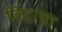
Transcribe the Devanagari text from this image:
विंदांचा